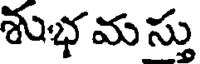
శుభ మ స్తు